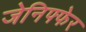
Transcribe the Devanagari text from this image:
जेनिफ्फेर